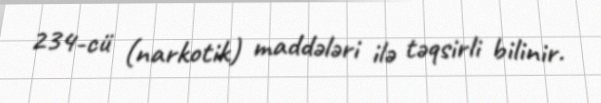
234-cü (narkotik) maddələri ilə təqsirli bilinir.